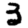
Digit: 3